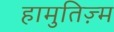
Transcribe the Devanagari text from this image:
हामुतिज़्म